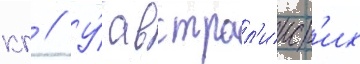
кг // У́ австрал'ииск'их